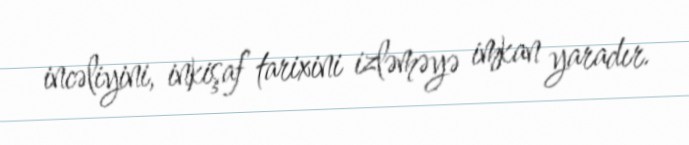
incəliyini, inkişaf tarixini izləməyə imkan yaradır.